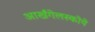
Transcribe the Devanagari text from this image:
आर्खंगेलस्कोये